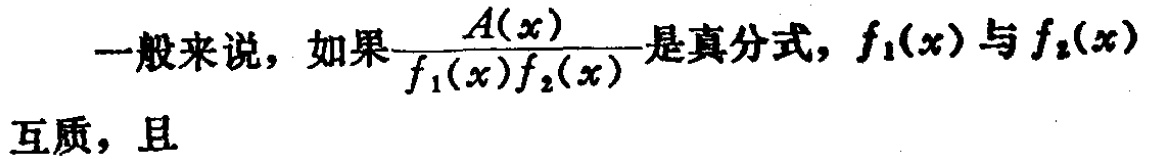
一般来说，如果$\frac{A(x)}{f_1(x)f_2(x)}$是真分式，$f_1(x)$与$f_2(x)$互质，且